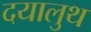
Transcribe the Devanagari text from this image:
दयालुथ